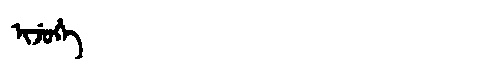
Manchu: ᡳᠵᡠᡥᡝ
Romanization: IJUHE